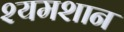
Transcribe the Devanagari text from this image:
श्यमशान